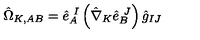
\hat { \Omega } _ { K , A B } = \hat { e } _ { A } ^ { \ I } \left( \hat { \nabla } _ { K } \hat { e } _ { B } ^ { \ J } \right) \hat { g } _ { I J }